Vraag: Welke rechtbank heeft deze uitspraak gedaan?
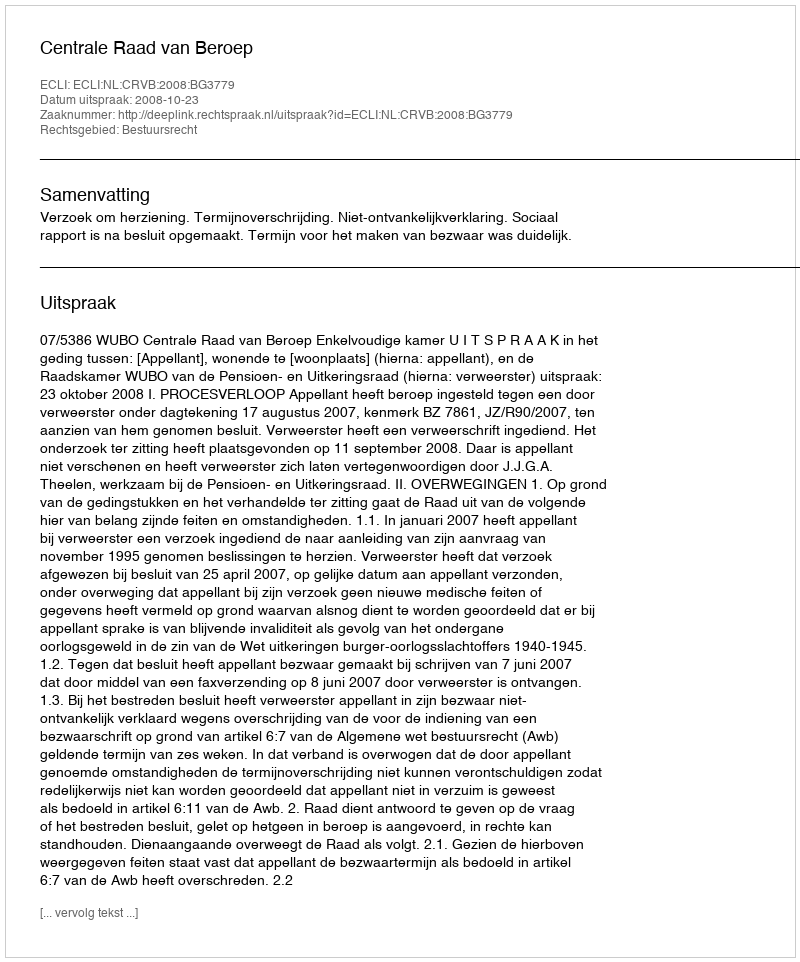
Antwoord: Centrale Raad van Beroep